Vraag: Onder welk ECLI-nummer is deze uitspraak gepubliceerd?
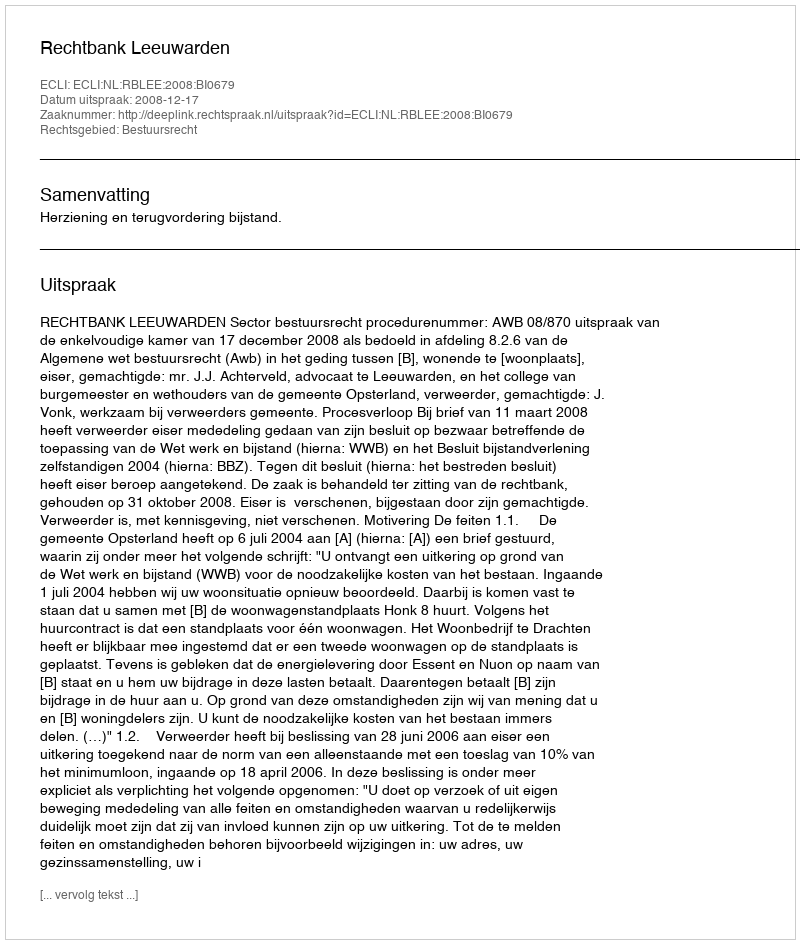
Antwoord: ECLI:NL:RBLEE:2008:BI0679